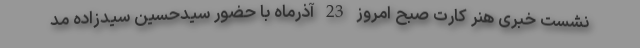
نشست خبری هنر کارت صبح امروز 23 آذرماه با حضور سیدحسین سیدزاده مد